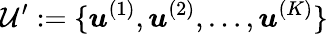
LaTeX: \mathcal{U}^{\prime}:=\{ \boldsymbol{u}^{(1)},\boldsymbol{u}^{(2)},\dots,\boldsymbol{u}^{(K)}\}